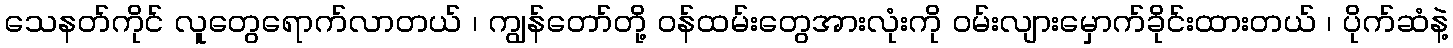
သေနတ်ကိုင် လူတွေရောက်လာတယ် ၊ ကျွန်တော်တို့ ဝန်ထမ်းတွေအားလုံးကို ဝမ်းလျားမှောက်ခိုင်းထားတယ် ၊ ပိုက်ဆံနဲ့